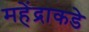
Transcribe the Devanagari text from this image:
महेंद्राकडे